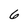
Character: 6